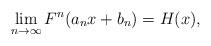
LaTeX: \begin{align*}\lim_{n\rightarrow \infty }F^{n}(a_{n}x+b_{n})=H(x), \end{align*}